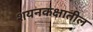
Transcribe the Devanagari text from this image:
शयनकक्षातील